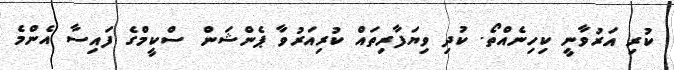
ކުރި އަރުވާނީ ކިހިނެއްތޯ. ކުދި ވިޔަފާރިތައް ކުރިއަރުވާ ޕެންޝަން ސްކީމްގެ ފައިސާ އެންމެ